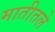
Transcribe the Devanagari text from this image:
मातीतले